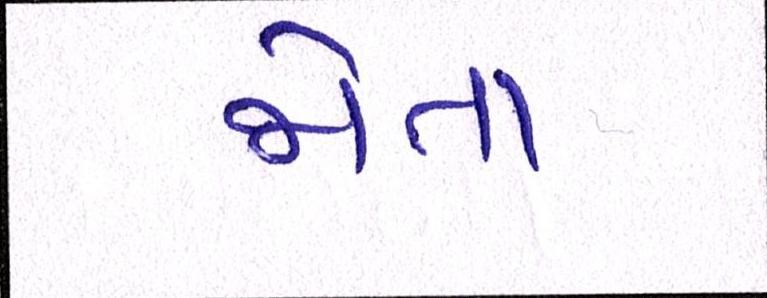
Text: જોતા